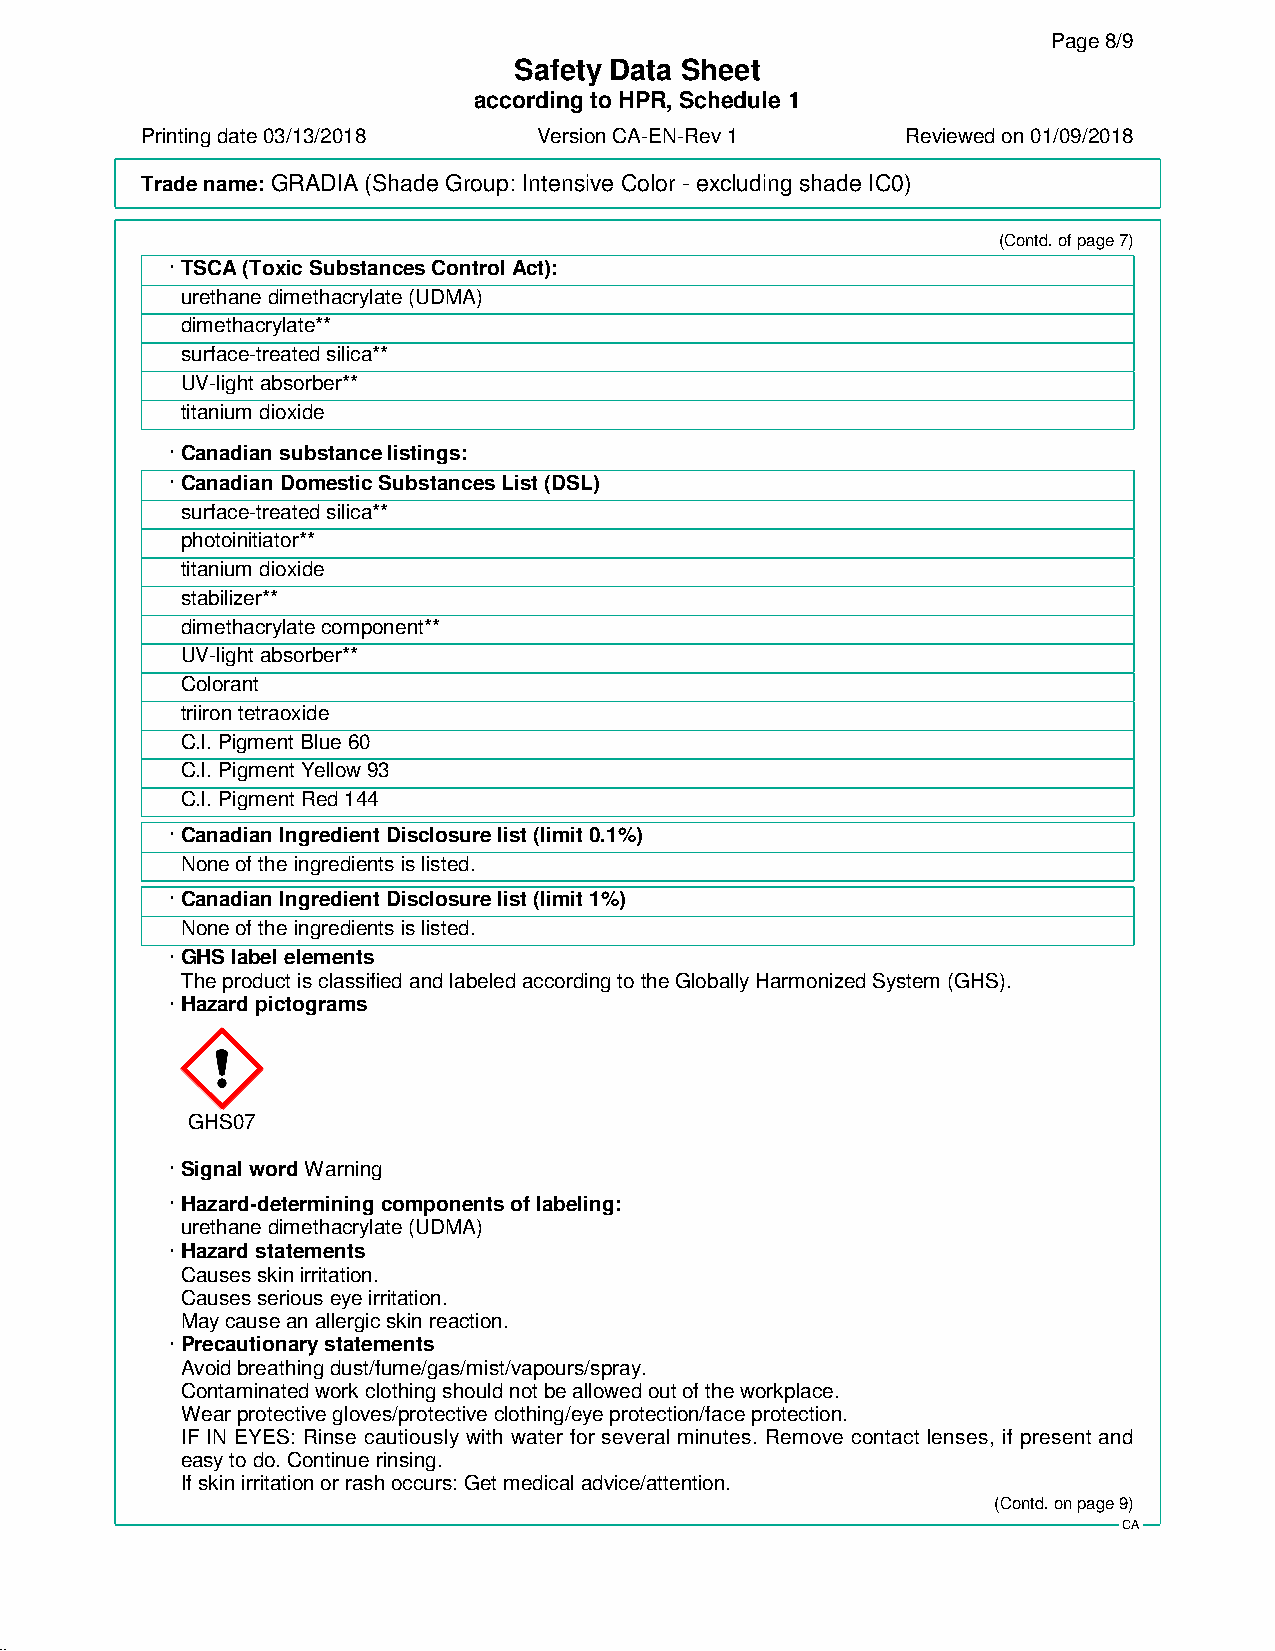
Page 8/9
 Safety Data Sheet
 according to HPR, Schedule 1
 Printing date 03/13/2018   Version CA-EN-Rev 1     Reviewed on 01/09/2018
 Trade name:GRADIA (Shade Group: Intensive Color - excluding shade IC0)
 (Contd. of page 7)
 · TSCA (Toxic Substances Control Act):
 urethane dimethacrylate (UDMA)
 dimethacrylate**
 surface-treated silica**
 UV-light absorber**
 titanium dioxide
 · Canadian substance listings:
 · Canadian Domestic Substances List (DSL)
 surface-treated silica**
 photoinitiator**
 titanium dioxide
 stabilizer**
 dimethacrylate component**
 UV-light absorber**
 Colorant
 triiron tetraoxide
 C.I. Pigment Blue 60
 C.I. Pigment Yellow 93
 C.I. Pigment Red 144
 · Canadian Ingredient Disclosure list (limit 0.1%)
 None of the ingredients is listed.
 · Canadian Ingredient Disclosure list (limit 1%)
 None of the ingredients is listed.
 · GHS label elements
 The product is classified and labeled according to the Globally Harmonized System (GHS).
 · Hazard pictograms
 GHS07
 · Signal wordWarning
 · Hazard-determining components of labeling:
 urethane dimethacrylate (UDMA)
 · Hazard statements
 Causes skin irritation.
 Causes serious eye irritation.
 May cause an allergic skin reaction.
 · Precautionary statements
 Avoid breathing dust/fume/gas/mist/vapours/spray.
 Contaminated work clothing should not be allowed out of the workplace.
 Wear protective gloves/protective clothing/eye protection/face protection.
 IF IN EYES: Rinse cautiously with water for several minutes. Remove contact lenses, if present and
 easy to do. Continue rinsing.
 If skin irritation or rash occurs: Get medical advice/attention.
 (Contd. on page 9)
 CA
 46.1.5.2